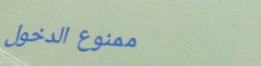
ممنوع الدخول